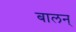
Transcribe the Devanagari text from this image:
बालन्